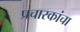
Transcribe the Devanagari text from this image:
प्रचारकांचा